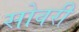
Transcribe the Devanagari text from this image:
सोवरी